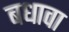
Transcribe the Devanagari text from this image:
बधावा